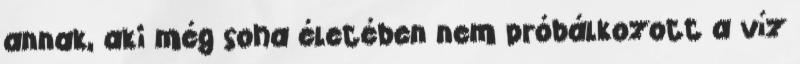
annak, aki még soha életében nem próbálkozott a víz